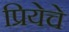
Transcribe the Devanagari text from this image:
प्रियेचे